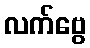
လက်ဗွေ